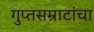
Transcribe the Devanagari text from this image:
गुप्तसम्राटांचा